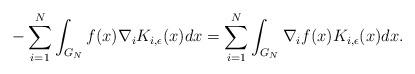
LaTeX: \begin{align*}-\sum_{i=1}^{N}\int_{G_{N}}f(x)\nabla_{i}K_{i,\epsilon}(x)dx=\sum_{i=1}^{N}\int_{G_{N}}\nabla_{i}f(x)K_{i,\epsilon}(x)dx.\end{align*}